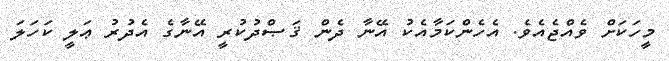
މީހަކަށް ވެއްޖެއެވެ. އެހެންކަމާއެކު އޭނާ ދެން ޤަޞްދުކުރީ އޭނާގެ އެދުރު ޢަލީ ކަހަލަ